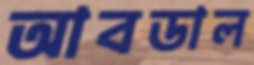
আবডাল